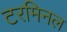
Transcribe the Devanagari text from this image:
टरमिनल